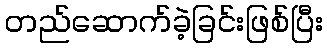
တည်ဆောက်ခဲ့ခြင်းဖြစ်ပြီး